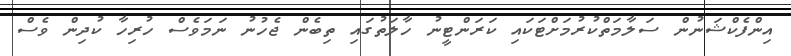
އިންފެކްޝަނުން ސަލާމަތްކުރުމަށްޓަކައި ކަރަންޓީނު ހާލަތުގައި ތިބެން ޖެހުނު ނަމަވެސް ހުރިހާ ކުދިން ވެސް